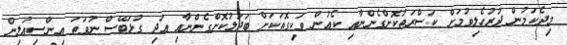
މިދެކަމުން ދުރުހެލިވުމަށް ކަސްރަތުކޮށްގެންނާއި ކެއުން ވަކިގޮތަކަށް ބަދަލުކޮށްގެންނާއި އަދި ގުޅަބޭސް ނުވަތަ އިންސިއުލިން